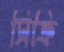
সিক্রি